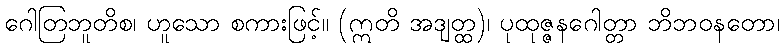
ဂေါတြဘူတိစ၊ ဟူသော စကားဖြင့်။ (ဣတိ အဒျတ္ထ)၊ ပုထုဇ္ဇနဂေါတ္တာ ဘိဘဝနတော၊